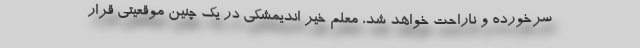
سرخورده و ناراحت خواهد شد، معلم خیر اندیمشکی در یک چنین موقعیتی قرار